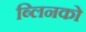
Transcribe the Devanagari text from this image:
ब्लिनको